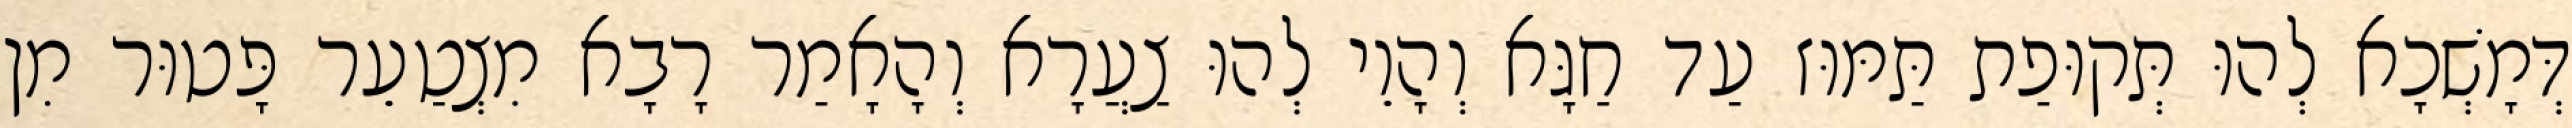
דְּמָשְׁכָא לְהוּ תְּקוּפַת תַּמּוּז עַד חַגָּא וְהָוֵי לְהוּ צַעֲרָא וְהָאָמַר רָבָא מִצְטַעֵר פָּטוּר מִן